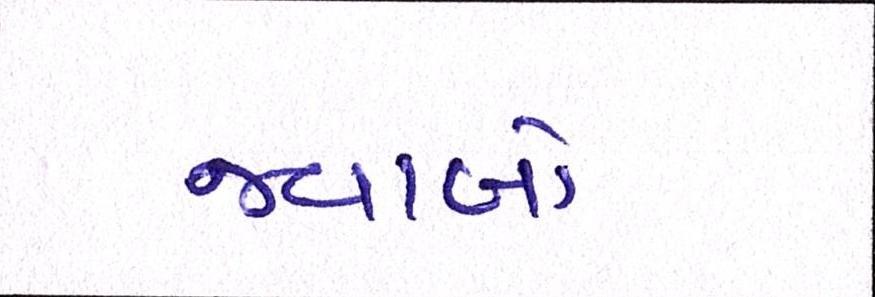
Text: જવાબો